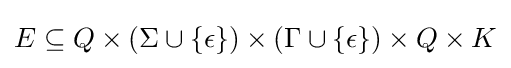
E\subseteq Q\times (\Sigma \cup \{\epsilon \})\times (\Gamma \cup \{\epsilon \})\times Q\times K